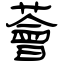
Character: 薈